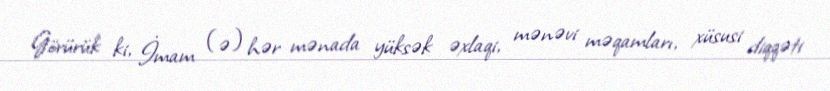
Görürük ki, İmam (ə) hər mənada yüksək əxlaqi, mənəvi məqamları, xüsusi diqqəti